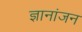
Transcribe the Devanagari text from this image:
ज्ञानांजन